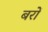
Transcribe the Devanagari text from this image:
बरों